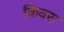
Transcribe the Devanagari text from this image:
किवरा